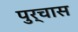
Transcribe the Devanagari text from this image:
पुर्चास